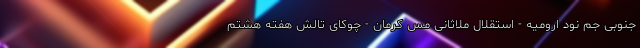
جنوبی جم نود ارومیه - استقلال ملاثانی مس کرمان - چوکای تالش هفته هشتم